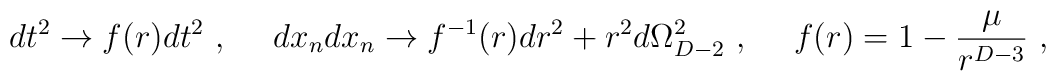
dt^2  \to   f(r) dt^2 \ , \ \ \ \ dx_n dx_n \to f^{-1} (r) dr^2 + r^2 d \Omega^2_{D-2}\ , \ \ \ \ f(r) = 1 - {\mu\over  r^{D-3}} \ ,